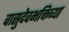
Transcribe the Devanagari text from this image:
वासुदेवभक्तिच्या